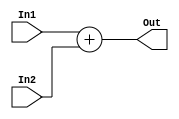
module Adder ( In1 , In2 , Out ) ;

input [31:0] In1 , In2 ;
output reg [31:0] Out ;

always @ (In1 or In2)
begin
Out <= In1 + In2 ;

end
endmodule